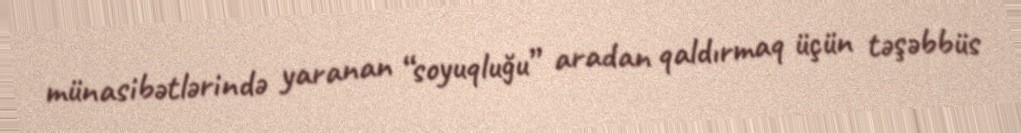
münasibətlərində yaranan “soyuqluğu” aradan qaldırmaq üçün təşəbbüs